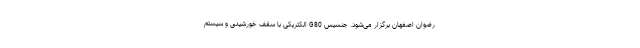
رضوان اصفهان برگزار می‌شود. جنسیس G80 الکتریکی با سقف خورشیدی و سیستم